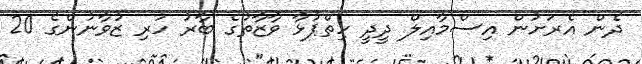
ދެން އެރަށުން އިސްމާއިލް ދީދީ ހިތްޕުޅާ ވާޒާތުގެ ބާރު ހުރި ޒުވާނުންގެ 20